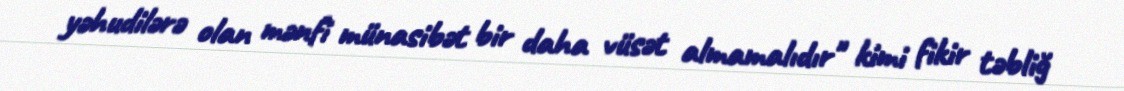
yəhudilərə olan mənfi münasibət bir daha vüsət almamalıdır" kimi fikir təbliğ